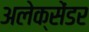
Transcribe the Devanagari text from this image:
अलेक्‍सेंडर